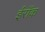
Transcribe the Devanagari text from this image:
ईरॉक